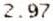
2.97